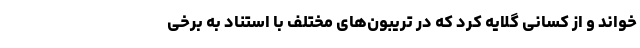
خواند و از کسانی گلایه کرد که در تریبون‌های مختلف با استناد به برخی